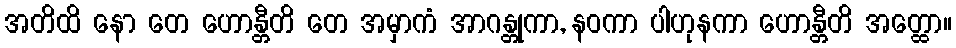
အတိထိ နော တေ ဟောန္တီတိ တေ အမှာကံ အာဂန္တုကာ, နဝကာ ပါဟုနကာ ဟောန္တီတိ အတ္ထော။